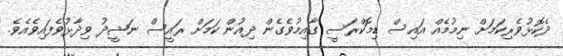
ދެކޮޅުވެރިކަމަށް ނިމުމެއް އައިސް ޑިމޮކްރަސީ ގާއިމުވެގެން ދިއުން ކަމަށް ރައީސް ނަޝީދު ވިދާޅުވެފައިވެއެވެ.